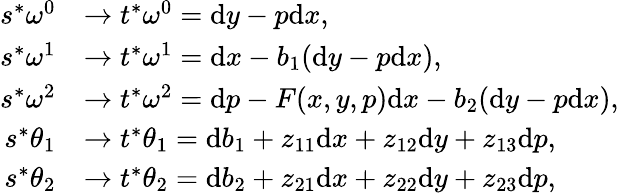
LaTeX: \begin{array}{rl}{s^{*}\omega^{0}}&{\to t^{*}\omega^{0}=\mathrm{d}y-p\mathrm{d}x,}\\ {s^{*}\omega^{1}}&{\to t^{*}\omega^{1}=\mathrm{d}x-b_{1}(\mathrm{d}y-p\mathrm{d}x),}\\ {s^{*}\omega^{2}}&{\to t^{*}\omega^{2}=\mathrm{d}p-F(x,y,p)\mathrm{d}x-b_{2}(\mathrm{d}y-p\mathrm{d}x),}\\ {s^{*}\theta_{1}}&{\to t^{*}\theta_{1}=\mathrm{d}b_{1}+z_{11}\mathrm{d}x+z_{12}\mathrm{d}y+z_{13}\mathrm{d}p,}\\ {s^{*}\theta_{2}}&{\to t^{*}\theta_{2}=\mathrm{d}b_{2}+z_{21}\mathrm{d}x+z_{22}\mathrm{d}y+z_{23}\mathrm{d}p,}\end{array}